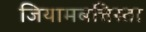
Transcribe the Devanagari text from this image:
जियामबत्तिस्ता